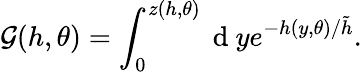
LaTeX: \mathcal{G}(h,\theta)=\int_{0}^{z(h,\theta)}\mathrm{{~d~}}ye^{-h(y,\theta)/\tilde{{h}}}.